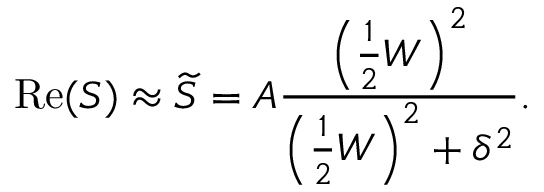
\mathrm { R e } ( S ) \approx \widetilde { S } = A \frac { \left( \frac { 1 } { 2 } W \right) ^ { 2 } } { \left( \frac { 1 } { 2 } W \right) ^ { 2 } + \delta ^ { 2 } } .